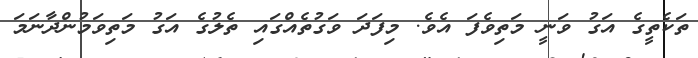
ތަކެތީގެ އަގު ވަނީ މަތިވެފަ އެވެ. މިފަދަ ވަގުތެއްގައި ތެލުގެ އަގު މަތިވަމުންދާނަމަ